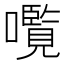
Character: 𫬠